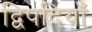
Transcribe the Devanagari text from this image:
द्विपदियाँ